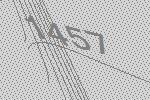
1457